Indian journal of veterinary science and animal husbandry - Volume 12,
Year: 1942
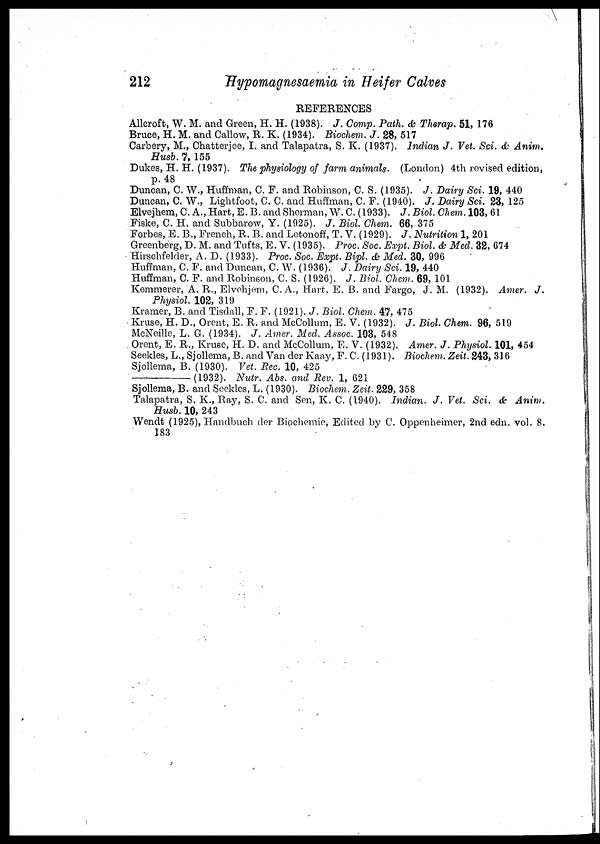
212
Hypomagnesaemia
in Heifer Calves
REFERENCES
Allcroft, W. M. and Green, H. H. (1938). J. Comp. Path. & Therap. 51, 176
Bruce, H. M. and Callow, R. K. (1934). Biochem. J. 28, 517
Carbery, M., Chatterjee, I. and Talapatra, S. K. (1937). Indian J. Vet. Sci. & Anim.
Husb. 7, 155
Dukes, H. H. (1937). The physiology of farm animals. (London) 4th revised edition,
p. 48
Duncan, C. W., Huffman, C. F. and Robinson, C. S. (1935). J. Dairy Sci. 19, 440
Duncan, C. W., Lightfoot, C. C. and Huffman, C. F. (1940). J. Dairy Sci. 23, 125
Elvejhem, C. A., Hart, E. B. and Sherman, W. C. (1933). J. Biol. Chem. 103, 61
Fiske, C. H. and Subbarow, Y. (1925). J. Biol. Chem. 66, 375
Forbes, E. B., French, R. B. and Letonoff, T. V. (1929). J. Nutrition 1, 201
Greenberg, D. M. and Tufts, E. V. (1935). Proc. Soc. Expt. Biol. & Med. 32, 674
Hirschfelder, A. D. (1933). Proc. Soc. Expt. Bipl. & Med. 30, 996
Huffman, C. F. and Duncan, C. W. (1936). J. Dairy Sci. 19, 440
Huffman, C. F. and Robinson, C. S. (1926). J. Biol. Chem. 69, 101
Kemmerer, A. R., Elvehjem, C. A., Hart. E. B. and Fargo, J. M. (1932). Amer. J.
Physiol. 102, 319
Kramer, B. and Tisdall, F. F. (1921). J. Biol. Chem. 47, 475
Kruse, H. D., Orent, E. R. and McCollum, E. V. (1932). J. Biol. Chem. 96, 519
McNeille, L. G. (1934). J. Amer. Med. Assoc. 103, 548
Orent, E. R., Kruse, H. D. and McCollum, E. V. (1932). Amer. J. Physiol. 101, 454
Seekles, L., Sjollema, B. and Van der Kaay, F. C. (1931). Biochem. Zeit. 243, 316
Sjollema, B. (1930). Vet. Rec. 10, 425
—(1932).
Nutr. Abs. and Rev. 1, 621
Sjollema, B. and Seekles, L. (1930). Biochem. Zeit. 229, 358
Talapatra, S. K., Ray, S. C. and Sen, K. C. (1940). Indian. J. Vet. Sci. & Anim.
Husb. 10, 243
Wendt (1925), Handbuch der Biochemie, Edited by C. Oppenheimer, 2nd edn. vol. 8.
183